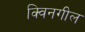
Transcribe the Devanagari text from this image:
क्विनगील